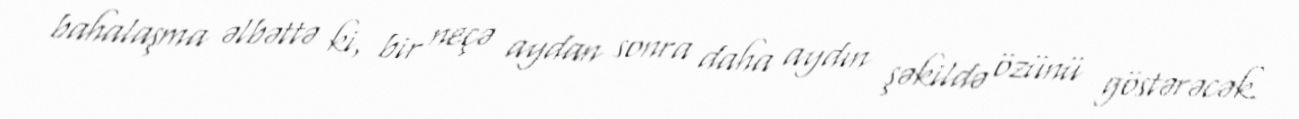
bahalaşma əlbəttə ki, bir neçə aydan sonra daha aydın şəkildə özünü göstərəcək.